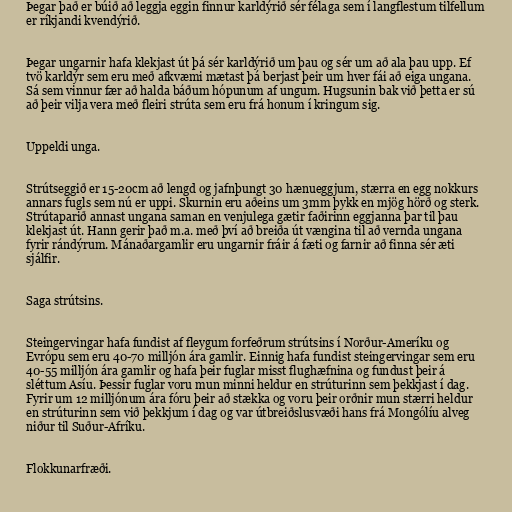
Þegar það er búið að leggja eggin finnur karldýrið sér félaga sem í langflestum tilfellum
er ríkjandi kvendýrið.

Þegar ungarnir hafa klekjast út þá sér karldýrið um þau og sér um að ala þau upp. Ef
tvö karldýr sem eru með afkvæmi mætast þá berjast þeir um hver fái að eiga ungana.
Sá sem vinnur fær að halda báðum hópunum af ungum. Hugsunin bak við þetta er sú
að þeir vilja vera með fleiri strúta sem eru frá honum í kringum sig.

Uppeldi unga.

Strútseggið er 15-20cm að lengd og jafnþungt 30 hænueggjum, stærra en egg nokkurs
annars fugls sem nú er uppi. Skurnin eru aðeins um 3mm þykk en mjög hörð og sterk.
Strútaparið annast ungana saman en venjulega gætir faðirinn eggjanna þar til þau
klekjast út. Hann gerir það m.a. með því að breiða út vængina til að vernda ungana
fyrir rándýrum. Mánaðargamlir eru ungarnir fráir á fæti og farnir að finna sér æti
sjálfir.

Saga strútsins.

Steingervingar hafa fundist af fleygum forfeðrum strútsins í Norður-Ameríku og
Evrópu sem eru 40-70 milljón ára gamlir. Einnig hafa fundist steingervingar sem eru
40-55 milljón ára gamlir og hafa þeir fuglar misst flughæfnina og fundust þeir á
sléttum Asíu. Þessir fuglar voru mun minni heldur en strúturinn sem þekkjast í dag.
Fyrir um 12 milljónum ára fóru þeir að stækka og voru þeir orðnir mun stærri heldur
en strúturinn sem við þekkjum í dag og var útbreiðslusvæði hans frá Mongólíu alveg
niður til Suður-Afríku.

Flokkunarfræði.